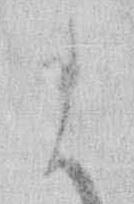
ま